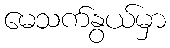
မေသက်နွယ်မှာ